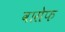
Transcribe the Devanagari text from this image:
वासेफ